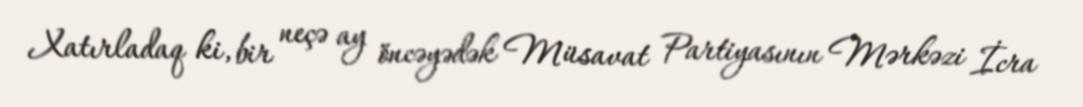
Xatırladaq ki, bir neçə ay öncəyədək Müsavat Partiyasının Mərkəzi İcra